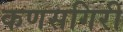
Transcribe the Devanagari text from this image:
कणसगिरी